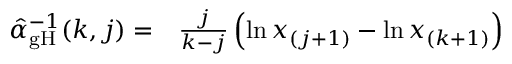
\begin{array} { r l } { \hat { \alpha } _ { \mathrm { g H } } ^ { - 1 } ( k , j ) = } & { { } \frac { j } { k - j } \left( \ln x _ { ( j + 1 ) } - \ln { x _ { ( k + 1 ) } } \right) } \end{array}